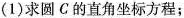
(1)求圆C的直角坐标方程；